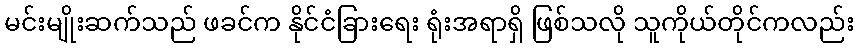
မင်းမျိုးဆက်သည် ဖခင်က နိုင်ငံခြားရေး ရုံးအရာရှိ ဖြစ်သလို သူကိုယ်တိုင်ကလည်း